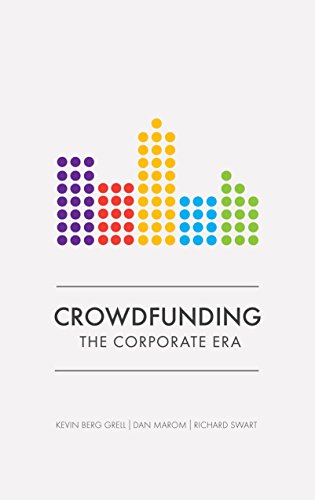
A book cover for Crowdfunding: The Corporate Era; Dan Marom; Business & Money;